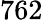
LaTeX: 762